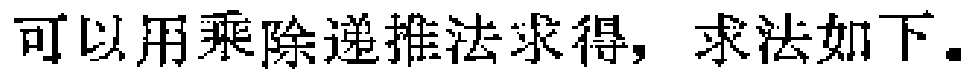
可以用乘除递推法求得，求法如下.